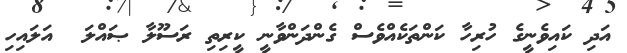
އަދި ކައިވެނީގެ ހުރިހާ ކަންތަކެއްވެސް ގެންދަންވާނީ ކީރިތި ރަސޫލާ ޞައްލަ  އަލައިހި